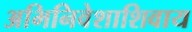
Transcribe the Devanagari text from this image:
अभिनिवेशाशिवाय